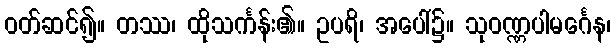
ဝတ်ဆင်၍။ တဿ၊ ထိုသင်္ကန်း၏။ ဥပရိ၊ အပေါ်၌။ သုဝဏ္ဏပါမင်္ဂေန၊